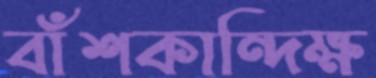
বাঁশকান্দিক্ষ